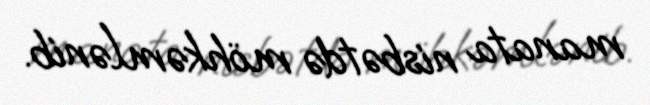
manata nisbətdə möhkəmlənib.